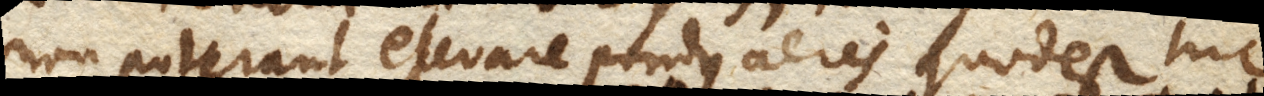
non poterant elevare pondus aeris quod est hic